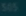
50